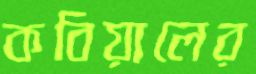
কবিয়ালের